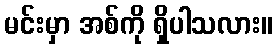
မင်းမှာ အစ်ကို ရှိပါသလား။